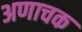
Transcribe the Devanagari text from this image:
अणाचक